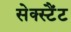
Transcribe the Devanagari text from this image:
सेक्स्टैंट